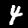
Label: 4